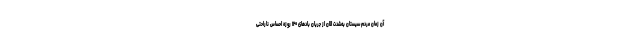
آن زمان مردم سیستان به‌شدت الان از جریان بادهای ۱۲۰ روزه احساس ناراحتی